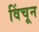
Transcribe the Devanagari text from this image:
विंचून